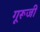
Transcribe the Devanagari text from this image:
गूरूजी